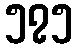
၅၇၅